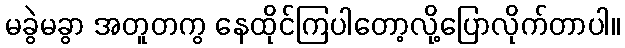
မခွဲမခွာ အတူတကွ နေထိုင်ကြပါတော့လို့ပြောလိုက်တာပါ။